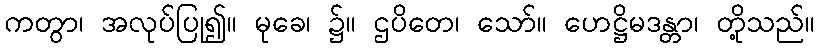
ကတွာ၊ အလုပ်ပြု၍။ မုခေ၊ ၌။ ဌပိတေ၊ သော်။ ဟေဋ္ဌိမဒန္တာ၊ တို့သည်။